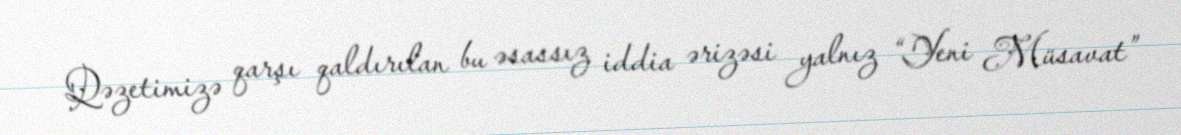
Qəzetimizə qarşı qaldırılan bu əsassız iddia ərizəsi yalnız “Yeni Müsavat”